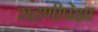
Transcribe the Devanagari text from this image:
राहणीपेक्षा